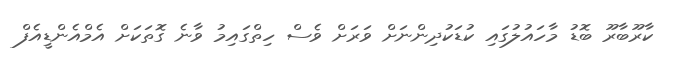
ކާރޫބާރޫ ބޮޑު މާހައުލުގައި ކުޑަކުދިންނަށް ވަރަށް ވެސް ހިތްގައިމު ވާނެ ގޮތަކަށް އެމްއެންޑީއެފް